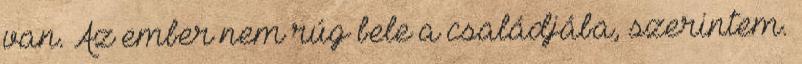
van. Az ember nem rúg bele a családjába, szerintem.